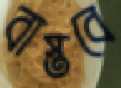
বাস্তবে